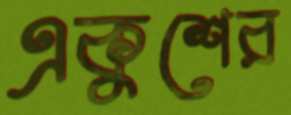
একুশের